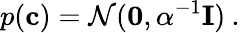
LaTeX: p(\textbf{c})=\mathcal{N}(\textbf{0},\alpha^{-1}\textbf{I})\: .